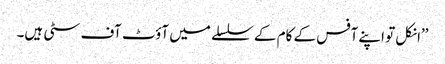
’’انکل تو اپنے آفس کے کام کے سلسلے میں آؤٹ آف سٹی ہیں۔